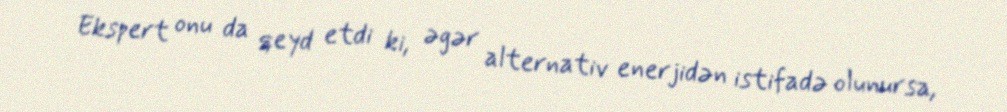
Ekspert onu da qeyd etdi ki, əgər alternativ enerjidən istifadə olunursa,